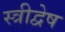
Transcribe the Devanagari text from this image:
स्त्रीद्वेष